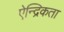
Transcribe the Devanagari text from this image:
ऐन्द्रिकता